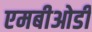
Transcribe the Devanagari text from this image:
एमबीओडी